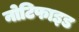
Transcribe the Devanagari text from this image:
नोटिफाइड